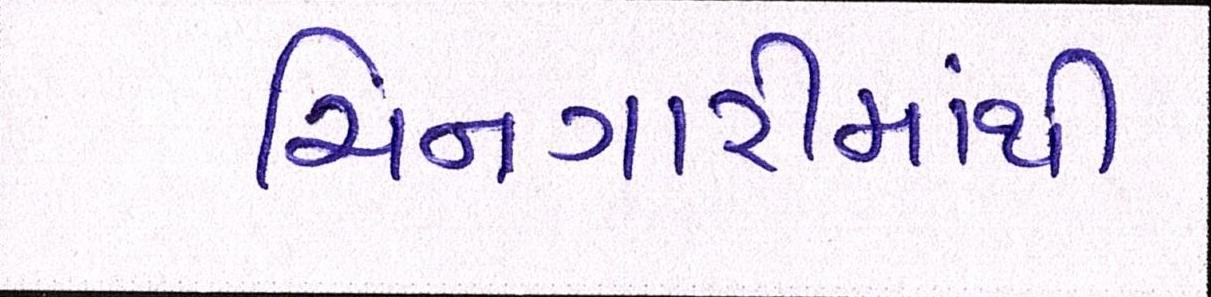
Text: ચિનગારીમાંથી